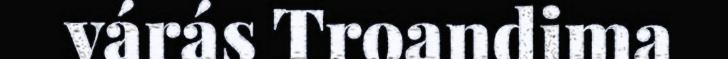
várás Troandima